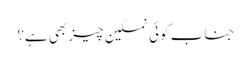
جناب کوئی نمکین چیز بھی ہے؟